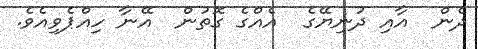
ދެން  އާއި ދުނިޔޭގެ  އެއްގެ ގޮތުން  އޭނާ ހިއްޕެވިއެވެ.